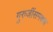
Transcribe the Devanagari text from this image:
गुरुजींसमक्षच